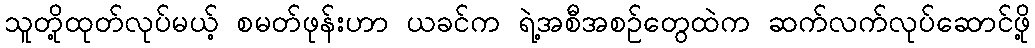
သူတို့ထုတ်လုပ်မယ့် စမတ်ဖုန်းဟာ ယခင်က ရဲ့အစီအစဉ်တွေထဲက ဆက်လက်လုပ်ဆောင်ဖို့